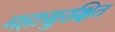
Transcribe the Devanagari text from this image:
महासुरक्षित